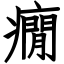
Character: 癇